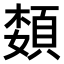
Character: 𫖟